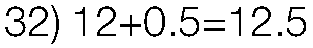
32) 12+0.5=12.5